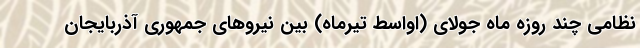
نظامی چند روزه ماه جولای (اواسط تیرماه) بین نیروهای جمهوری آذربایجان